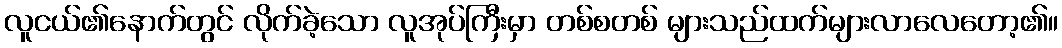
လူငယ်၏နောက်တွင် လိုက်ခဲ့သော လူအုပ်ကြီးမှာ တစ်စတစ် များသည်ထက်များလာလေတော့၏။